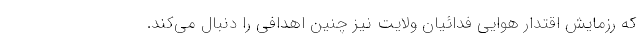
که رزمایش اقتدار هوایی فدائیان ولایت نیز چنین اهدافی را دنبال می‌کند.